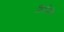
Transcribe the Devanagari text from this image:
रिपटीटीव